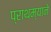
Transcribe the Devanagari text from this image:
प्राथम्याने